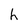
Character: h